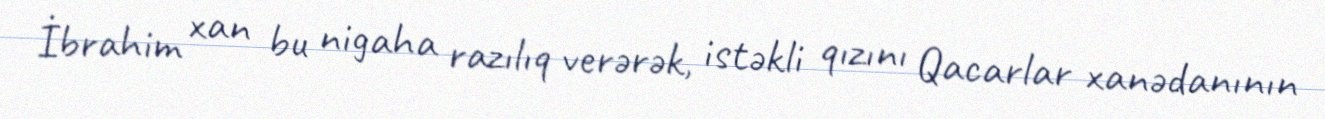
İbrahim xan bu nigaha razılıq verərək, istəkli qızını Qacarlar xanədanının